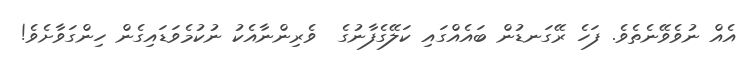
އެއް ނުވެވޭނެތެވެ. ފަހެ ރޭގަނޑުން ބައެއްގައި ކަލޭގެފާނުގެ  ވެރިންނާއެކު ނުކުމެވަޑައިގެން ހިންގަވާށެވެ!